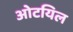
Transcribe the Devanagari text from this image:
ओटयिल